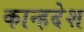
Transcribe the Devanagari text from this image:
कान्हदेश